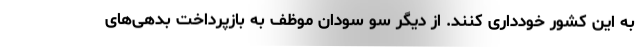
به این کشور خودداری کنند. از دیگر سو سودان موظف به بازپرداخت بدهی‌های